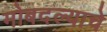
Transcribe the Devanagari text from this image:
मोबदल्याचे